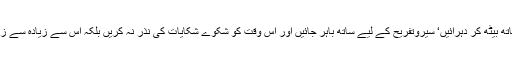
بیتی ہوئی خوشگوار گھڑیوں کو ایک ساتھ بیٹھ کر دہرائیں‘ سیروتفریح کے لیے ساتھ باہر جائیں اور اس وقت کو شکوے شکایات کی نذر نہ کریں بلکہ اس سے زیادہ سے زیادہ لطف اندوز ہونے کی کوشش کریں۔